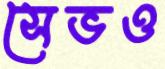
সেভও